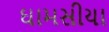
ઘામસીયા